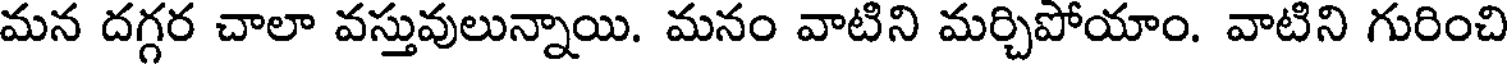
మన దగ్గర చాలా వస్తువులున్నాయి. మనం వాటిని మర్చిపోయాం. వాటిని గురించి